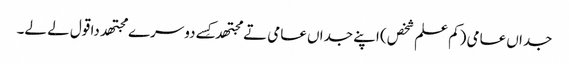
جداں عامی (کم علم شخص) اپنے جداں عامی تے مجتھدکِس‏ے دوسرے مجتھد دا قول لے لے۔